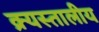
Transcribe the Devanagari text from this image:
क्र्यस्तालीय